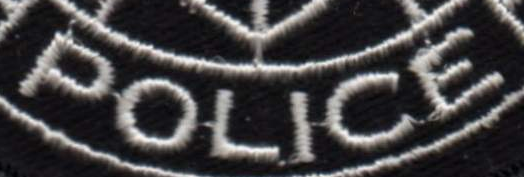
POLICE